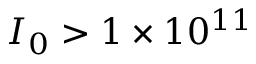
I _ { 0 } > 1 \times 1 0 ^ { 1 1 }